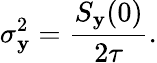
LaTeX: \sigma_{\mathbf{y}}^{2}=\frac{{S_{\mathbf{y}}(0)}}{{2\tau}}.